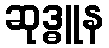
ဆုဒ္ဓူန